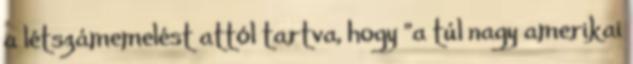
a létszámemelést attól tartva, hogy "a túl nagy amerikai